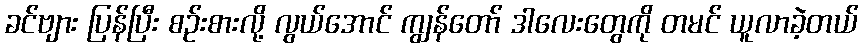
ခင်ဗျား ပြန်ပြီး စဉ်းစားလို့ လွယ်အောင် ကျွန်တော် ဒါလေးတွေကို တမင် ယူလာခဲ့တယ်